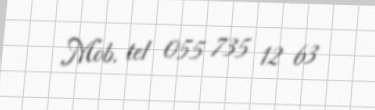
Mob. tel 055 735 12 63